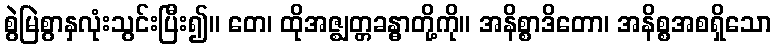
စွဲမြဲစွာနှလုံးသွင်းပြီး၍။ တေ၊ ထိုအဇ္ဈတ္တခန္ဓာတို့ကို။ အနိစ္စာဒိတော၊ အနိစ္စအစရှိသော